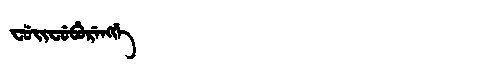
Manchu: ᠸᡠᡳᠸᡠᠪᡠᡵᡝᠩᡤᡝ
Romanization: FUIFUBURENGGE